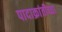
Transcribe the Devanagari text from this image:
पादाक्रांतीच्या